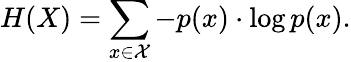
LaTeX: H(X)=\sum_{x\in\mathcal{X}}-p(x)\cdot\log p(x).